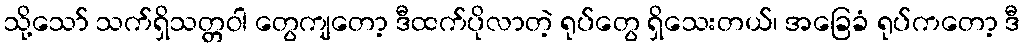
သို့သော် သက်ရှိသတ္တဝါ တွေကျတော့ ဒီထက်ပိုလာတဲ့ ရုပ်တွေ ရှိသေးတယ်၊ အခြေခံ ရုပ်ကတော့ ဒီ